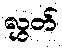
လွှတ်